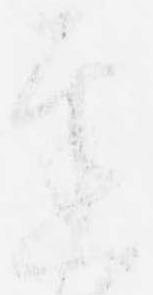
遅